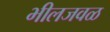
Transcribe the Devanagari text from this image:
भीलजवळ